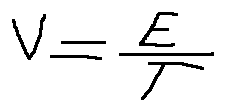
V = \frac { E } { T }